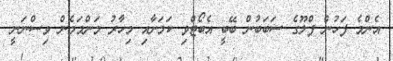
އެންމެ ފަހުން ފްލޫގެ ސަބަބުން ބޭބީ އެބޯޓްވި ކަމަށާއި މިހާރު މަންމަމެން ވިސްނަނީ